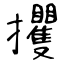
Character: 攫